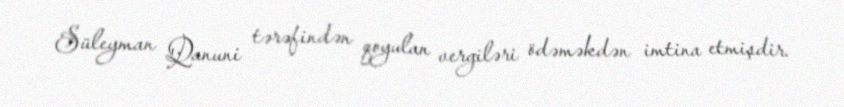
Süleyman Qanuni tərəfindən qoyulan vergiləri ödəməkdən imtina etmişdir.